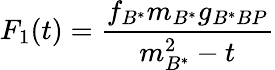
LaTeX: F_{1}(t)=\frac{f_{B^{*}}m_{B^{*}}g_{B^{*}BP}}{m_{B^{*}}^{2}-t}